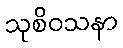
သုစိဝသနာ